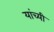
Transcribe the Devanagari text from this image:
यांच्यी